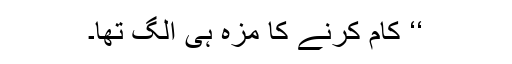
‘‘ کام کرنے کا مزہ ہی الگ تھا۔